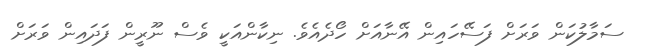
ސަމާލުކަން ވަރަށް ފަސޭހައިން އޭނާއަށް ހޯދެއެވެ. ނިކާންއަކީ ވެސް ނޫރީން ފަދައިން ވަރަށް